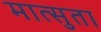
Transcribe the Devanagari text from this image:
मात्सुता